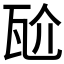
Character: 𭺝